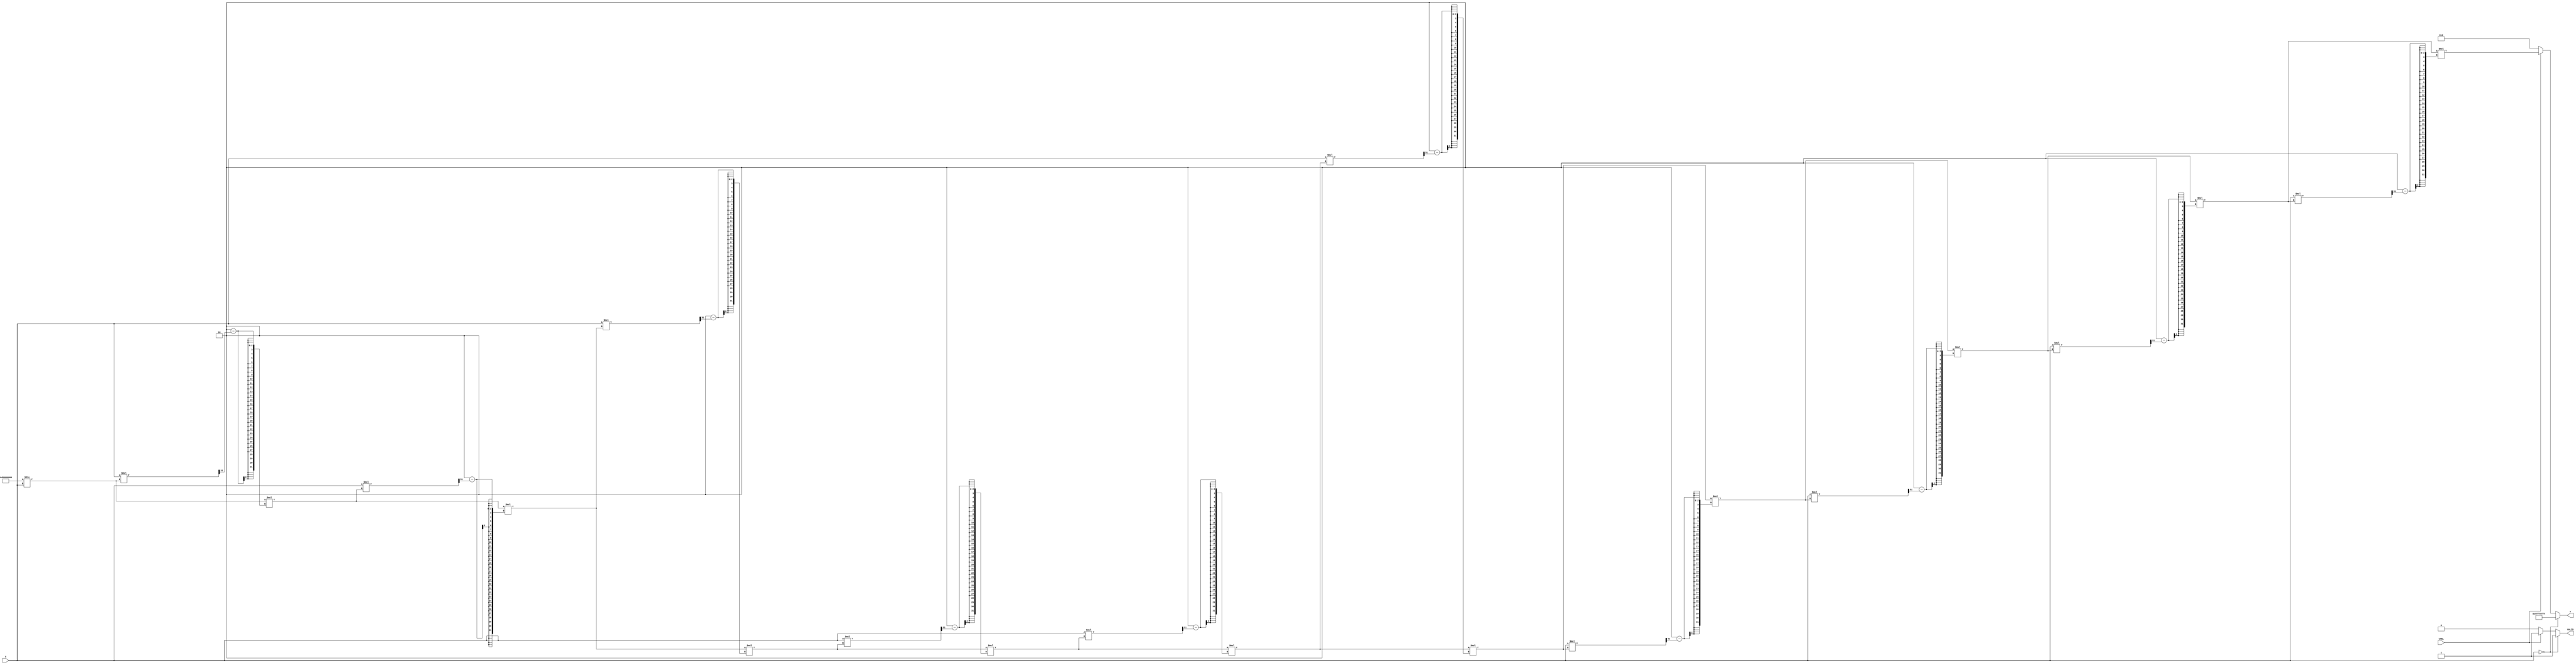
module BitwiseReciprocal (
    input wire [31:0] X,        // Input value (fixed-point or integer)
    input wire CTRL,            // Control signal
    output reg [31:0] Y,        // Output reciprocal value
    output reg VALID            // Output valid signal
);
    
    // Parameters for the design
    localparam ITERATIONS = 10;  // Number of iterations for convergence

    // Internal variables
    reg [31:0] temp_result;       // Temporary variable for intermediate results
    reg [31:0] approx;            // Current approximation of reciprocal
    integer i;                   // Loop counter

    always @(*) begin
        // Default output values
        VALID = 1'b0;
        Y = 32'h00000000;

        // Check for invalid input (division by zero)
        if (X == 32'h00000000) begin
            // Handle division by zero case
            Y = 32'hFFFFFFFF; // Output a defined error value (e.g., NaN)
            VALID = 1'b1;
        end else if (CTRL) begin
            // Normalize input and initial approximation
            approx = 32'h80000000 / X; // Initial reciprocal guess (for unsigned)
            for (i = 0; i < ITERATIONS; i = i + 1) begin
                // Newton-Raphson iteration: approx = approx * (2 - X * approx)
                temp_result = approx;
                approx = temp_result * (32'h00000002 - (X * temp_result >> 31)); // Shift for scaling
            end
            // Final output assignment
            Y = approx;
            VALID = 1'b1; // Indicate that the output is valid
        end
    end
endmodule